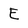
Character: E